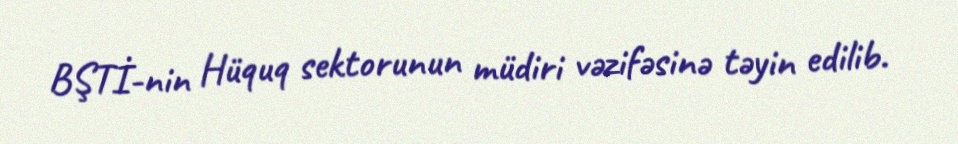
BŞTİ-nin Hüquq sektorunun müdiri vəzifəsinə təyin edilib.